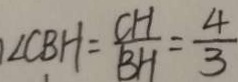
\angle C B H = \frac { C H } { B H } = \frac { 4 } { 3 }